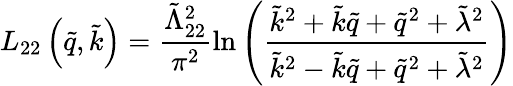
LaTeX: L_{22}\left(\tilde{q},\tilde{k}\right)=\frac{\tilde{\Lambda}_{22}^{2}}{\pi^{2}}\ln\left(\frac{\tilde{k}^{2}+\tilde{k}\tilde{q}+\tilde{q}^{2}+\tilde{\lambda}^{2}}{\tilde{k}^{2}-\tilde{k}\tilde{q}+\tilde{q}^{2}+\tilde{\lambda}^{2}}\right)